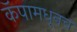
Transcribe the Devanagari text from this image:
कॅपामधूनच